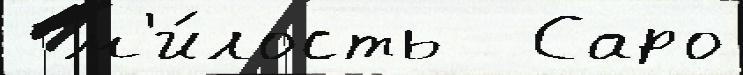
 м'и́лость  Саро